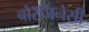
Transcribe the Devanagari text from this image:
बोरॅजिनेसी